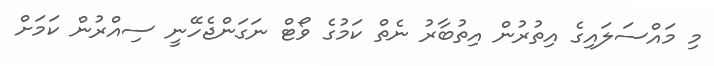
މި މައްސަލައިގެ އިތުރުން އިތުބާރު ނެތް ކަމުގެ ވޯޓް ނަގަންޖެހޭނީ ސިއްރުން ކަމަށް